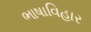
ભાષાવિહાર